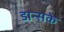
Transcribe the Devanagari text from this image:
डान्सके